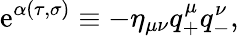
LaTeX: \mathrm{e}^{\alpha(\tau,\sigma)}\equiv-\eta_{\mu\nu}q_{+}^{\mu}q_{-}^{\nu},